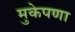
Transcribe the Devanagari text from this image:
मुकेपणा